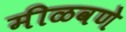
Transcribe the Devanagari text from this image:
मीळवणे